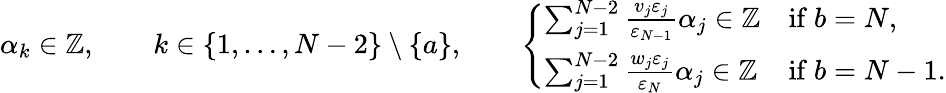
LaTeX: \alpha_{k}\in\mathbb{Z},\qquad k\in\{ 1,\dots,N-2\} \setminus\{ a\} ,\qquad\left\{ \begin{array}{ll}{\sum_{j=1}^{N-2}\frac{v_{j}\varepsilon_{j}}{\varepsilon_{N-1}}\alpha_{j}\in\mathbb{Z}}&{\mathrm{if~}b=N,}\\ {\sum_{j=1}^{N-2}\frac{w_{j}\varepsilon_{j}}{\varepsilon_{N}}\alpha_{j}\in\mathbb{Z}}&{\mathrm{if~}b=N-1.}\end{array}\right.